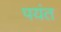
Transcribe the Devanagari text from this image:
पयंत